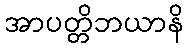
အာပတ္တိဘယာနိ